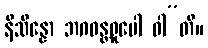
နိသိန္နော ဘဂဝန္တရူပေါ ဝါ”တိ။